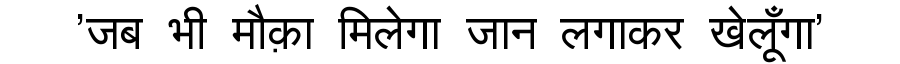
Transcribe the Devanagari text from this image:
'जब भी मौक़ा मिलेगा जान लगाकर खेलूँगा'